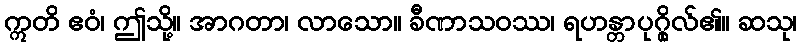
ဣတိ ဧဝံ၊ ဤသို့။ အာဂတာ၊ လာသော။ ခီဏာသဝဿ၊ ရဟန္တာပုဂ္ဂိုလ်၏။ ဆသု၊